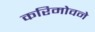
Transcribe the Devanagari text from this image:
करिमोवने